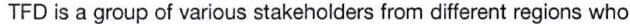
TFD is a group of various stakeholders from different regions who